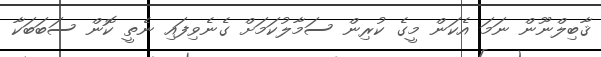
ޤާބިލްނޫން ނަމަ އެކަން މީގެ ކުރިން ސަމާލުކަމަށް ގެނެވިފައި ނެތީ ކޮން ސަބަބަކާ